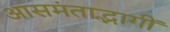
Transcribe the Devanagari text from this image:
आसमंताद्भागीं